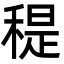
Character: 䅠